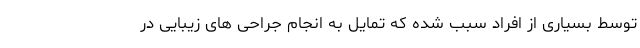
توسط بسیاری از افراد سبب شده که تمایل به انجام جراحی های زیبایی در